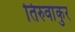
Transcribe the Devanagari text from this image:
तिरुवांकुर